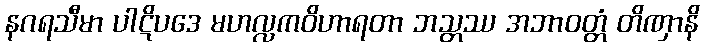
နဂရသီမာ ပါဋိပဒေ မဟလ္လကဝိဟာရတာ ဘသ္တဿ အဘာဝတ္တံ တိဏှာနိ